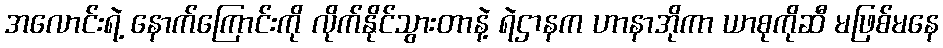
အလောင်းရဲ့ နောက်ကြောင်းကို လိုက်နိုင်သွားတာနဲ့ ရဲဌာနက ဟာနာအိုကာ ယာစုကိုဆီ မဖြစ်မနေ